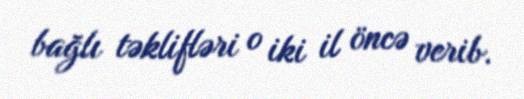
bağlı təklifləri o iki il öncə verib.